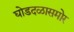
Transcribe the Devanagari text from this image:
घोडदळासमोर